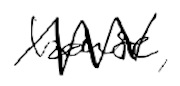
Text: house,
Cross-out: zig-zag
Writing tool: digital_black